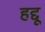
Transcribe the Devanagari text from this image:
हद्दू